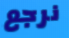
نرجع